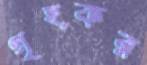
গৃহকর